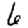
Digit: 6